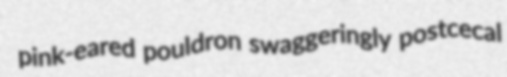
pink-eared pouldron swaggeringly postcecal